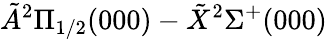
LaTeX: \tilde{A}^{2}\Pi_{1/2}(000)-\tilde{X}^{2}\Sigma^{+}(000)